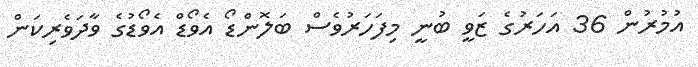
އުމުރުން 36 އަހަރުގެ ޒަވީ ބުނީ މިފަހަރުވެސް ބަލޮންޑޯ އެވޯޑް އެވޯޑުގެ ވާދަވެރިކަން